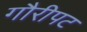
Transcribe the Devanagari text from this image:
गौरीपट